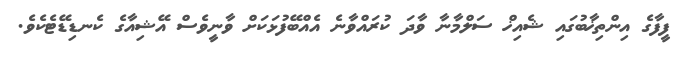
ފީފާގެ އިންތިޚާބުގައި ޝެއިޚް ސަލްމާނާ ވާދަ ކުރައްވާނެ އެއްބޭފުޅަކަށް ވާނީވެސް އޭޝިއާގެ ކެނޑިޑޭޓެކެވެ.